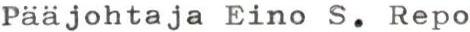
Pääjohtaja Eino S. Repo